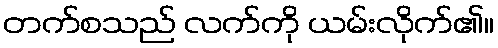
တက်စသည် လက်ကို ယမ်းလိုက်၏။